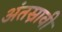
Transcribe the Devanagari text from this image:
अंतस्रावी